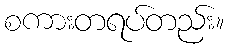
စကားတရပ်တည်း။